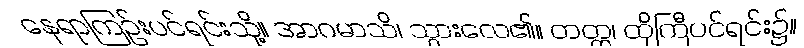
နေရာကြဉ်းပင်ရင်းသို့။ အာဂမာသိ၊ သွားလေ၏။ တတ္ထ၊ ထိုကြီပင်ရင်း၌။